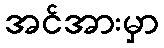
အင်အားမှာ